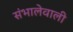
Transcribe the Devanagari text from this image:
संभालेवाली